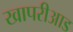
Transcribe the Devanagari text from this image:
खापरीआड